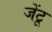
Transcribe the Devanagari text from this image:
जेंटू